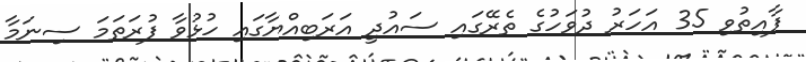
ފާއިތުވި 35 އަހަރު ދުވަހުގެ ތެރޭގައި ސައުދީ އަރަބިއްޔާގައި ހުޅުވާ ފުރަތަމަ ސިނަމާ